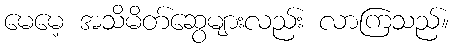
မေမေ့ အသိမိတ်ဆွေများလည်း လာကြသည်။